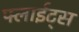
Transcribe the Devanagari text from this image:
फ्लाईट्स